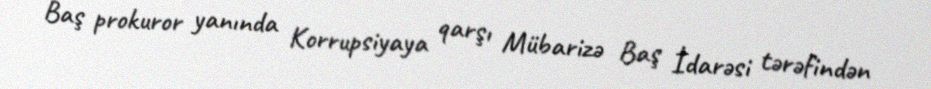
Baş prokuror yanında Korrupsiyaya qarşı Mübarizə Baş İdarəsi tərəfindən